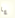
يا